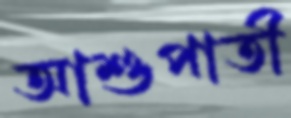
আশুপাতী